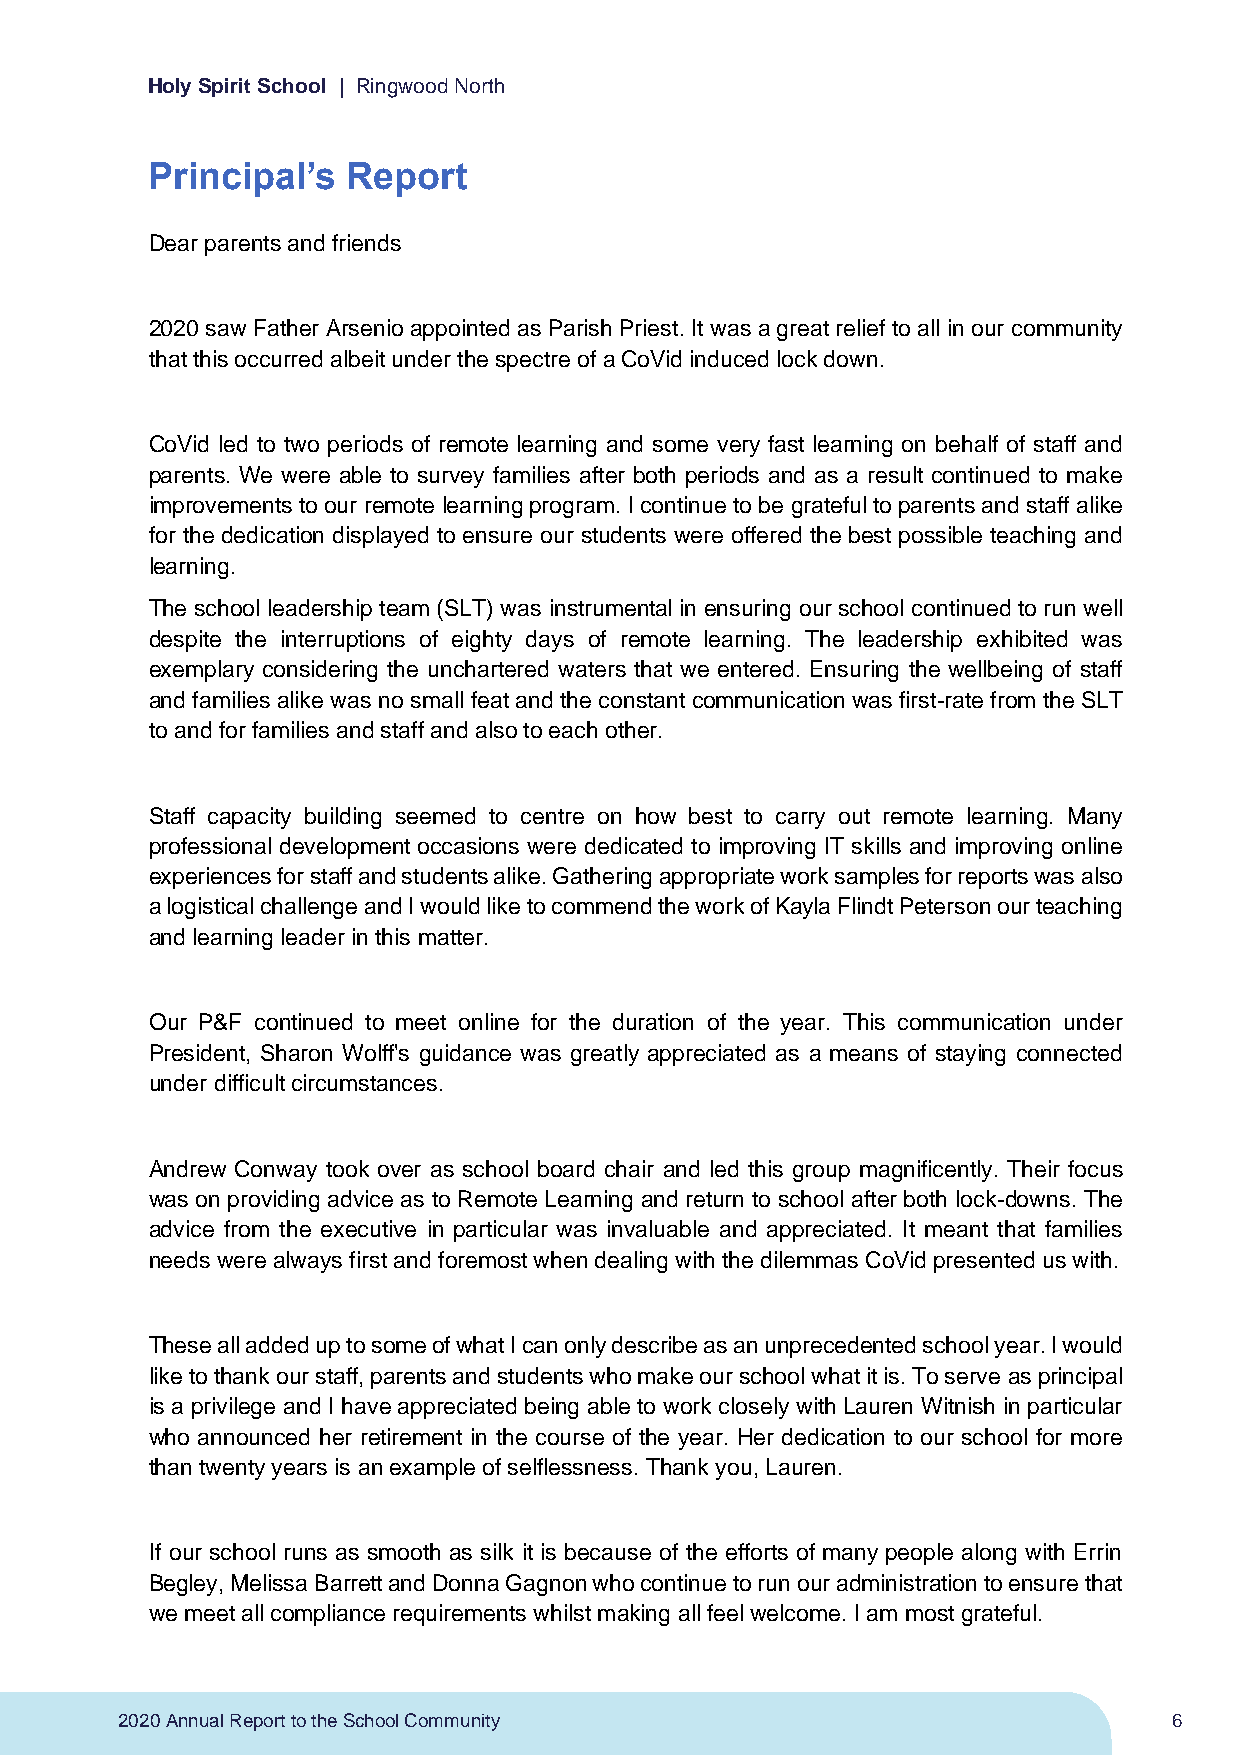
Holy Spirit School | Ringwood North
 Principal’s  Report
 Dear parents and friends
 2020 saw Father Arsenio appointed as Parish Priest. It was a great relief to all in our community
 that this occurred albeit under the spectre of a CoVid induced lock down.
 CoVid led to two periods of remote learning and some very fast learning on behalf of staff and
 parents. We were able to survey families after both periods and as a result continued to make
 improvements to our remote learning program. I continue to be grateful to parents and staff alike
 for the dedication displayed to ensure our students were offered the best possible teaching and
 learning.
 The school leadership team (SLT) was instrumental in ensuring our school continued to run well
 despite the interruptions of eighty days of remote learning. The leadership exhibited was
 exemplary considering the unchartered waters that we entered. Ensuring the wellbeing of staff
 and families alike was no small feat and the constant communication was first-rate from the SLT
 to and for families and staff and also to each other.
 Staff capacity building seemed to centre on how best to carry out remote learning. Many
 professional development occasions were dedicated to improving IT skills and improving online
 experiences for staff and students alike. Gathering appropriate work samples for reports was also
 a logistical challenge and I would like to commend the work of Kayla Flindt Peterson our teaching
 and learning leader in this matter.
 Our P&F continued to meet online for the duration of the year. This communication under
 President, Sharon Wolff's guidance was greatly appreciated as a means of staying connected
 under difficult circumstances.
 Andrew Conway took over as school board chair and led this group magnificently. Their focus
 was on providing advice as to Remote Learning and return to school after both lock-downs. The
 advice from the executive in particular was invaluable and appreciated. It meant that families
 needs were always first and foremost when dealing with the dilemmas CoVid presented us with.
 These all added up to some of what I can only describe as an unprecedented school year. I would
 like to thank our staff, parents and students who make our school what it is. To serve as principal
 is a privilege and I have appreciated being able to work closely with Lauren Witnish in particular
 who announced her retirement in the course of the year. Her dedication to our school for more
 than twenty years is an example of selflessness. Thank you, Lauren.
 If our school runs as smooth as silk it is because of the efforts of many people along with Errin
 Begley, Melissa Barrett and Donna Gagnon who continue to run our administration to ensure that
 we meet all compliance requirements whilst making all feel welcome. I am most grateful.
 2020 Annual Report to the School Community                            6